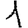
Digit: 1